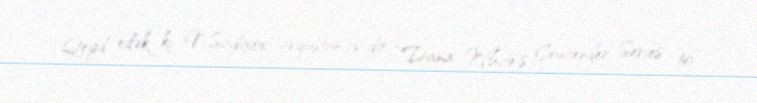
Qeyd edək ki, N.Sadıxov avqustun 16-da “Dana White's Contender Series 50”